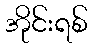
အိုင်းရစ်